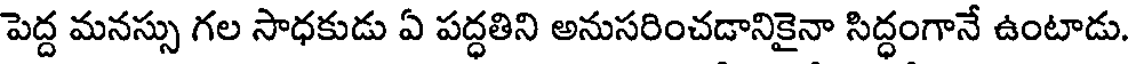
పెద్ద మనస్సు గల సాధకుడు ఏ పద్ధతిని అనుసరించడానికైనా సిద్ధంగానే ఉంటాడు.